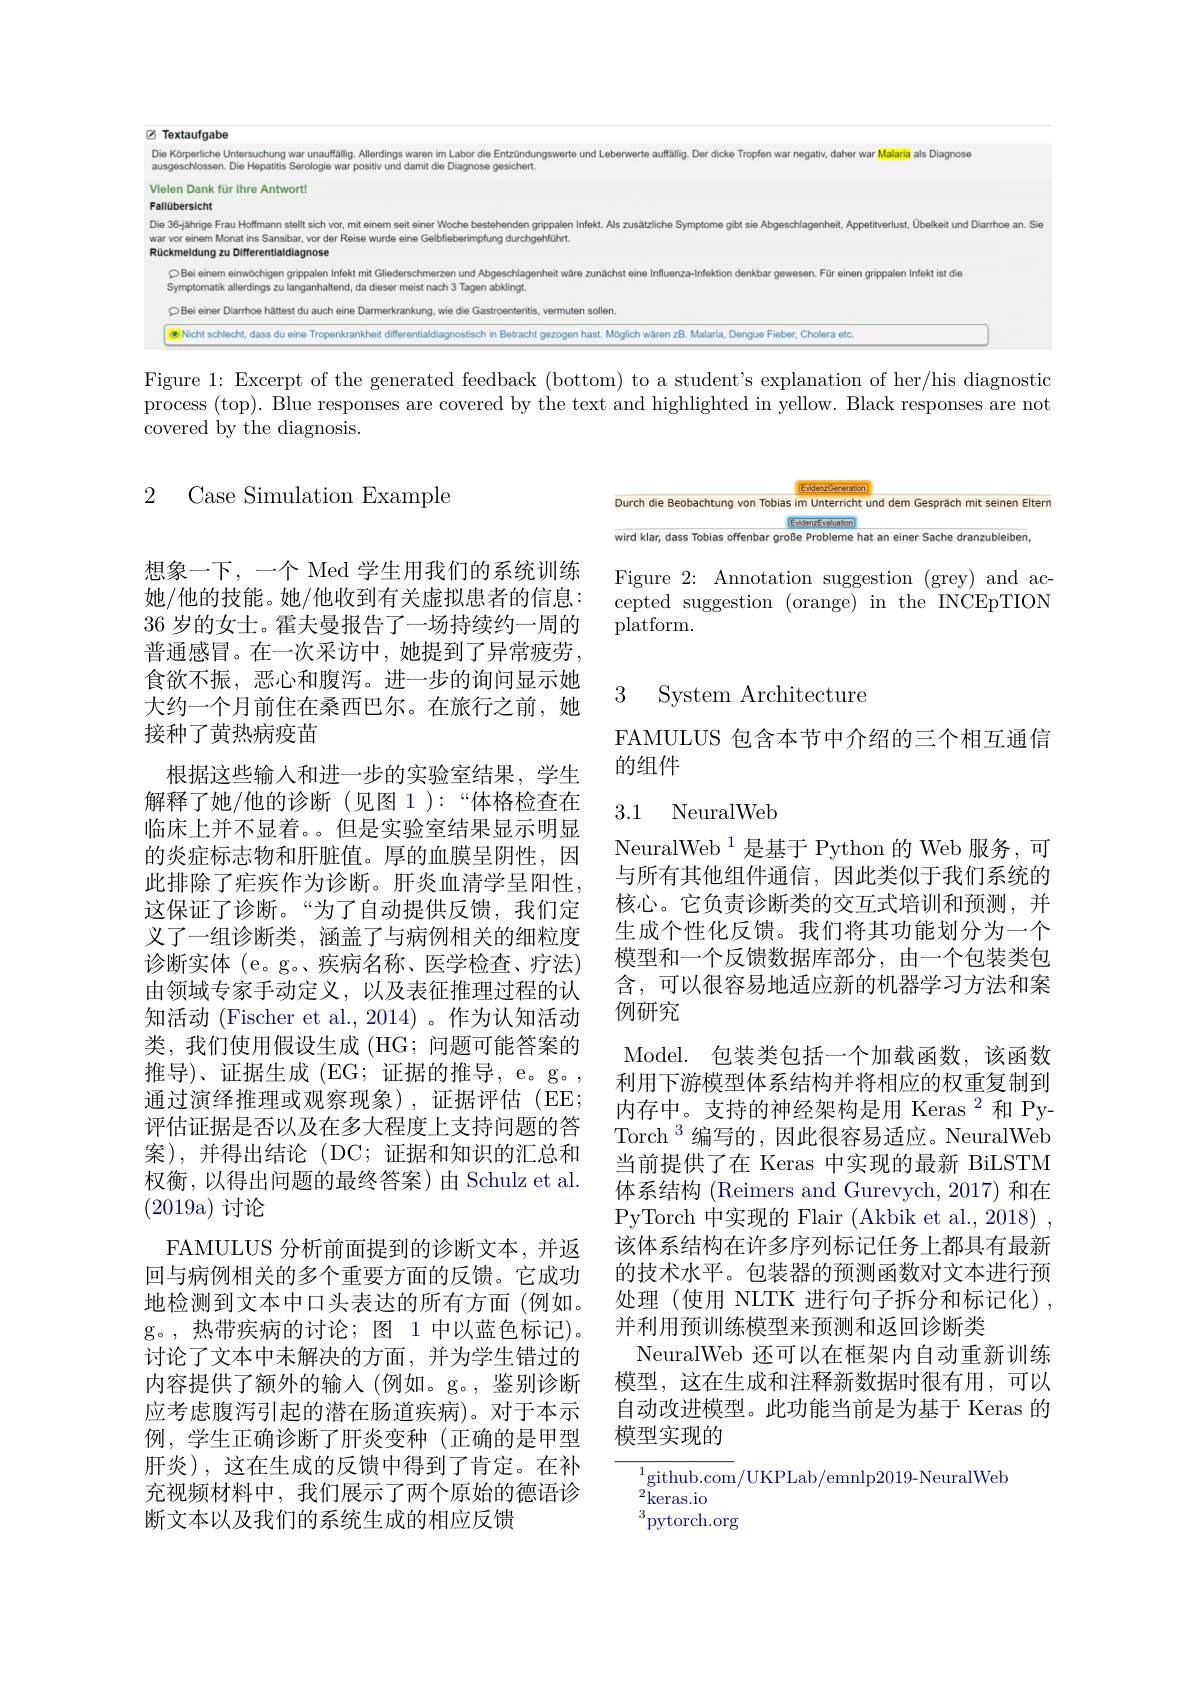
<FigureHere>

Figure 1: Excerpt of the generated feedback (bottom) to a student's explanation of her/his diagnostic process (top). Blue responses are covered by the text and highlighted in yellow. Black responses are not covered by the diagnosis.

EvidenzGeneration

## 2 Case Simulation Example

Durch die Beobachtung von Tobias

Unterricht und dem Gespråch mit seinen Eltern

EvidenzEvabuntion

einer Sache dranzubleiben,

wird klar, dass Tobias offenbar große Probleme hat

Figure 2: Annotation suggestion (grey) and accepted suggestion (orange) in the INCEpTION platform.

# 3 System Architecture

FAMULUS 包含本节中介绍的三个相互通信
的组件

# 3.1 NeuralWeb

NeuralWeb$^{1}$是基于 Python 的 Web 服务，可与所有其他组件通信，因此类似于我们系统的核心。它负责诊断类的交互式培训和预测，并生成个性化反馈。我们将其功能划分为一个模型和一个反馈数据库部分，由一个包装类包含，可以很容易地适应新的机器学习方法和案例研究

想象一下，一个 Med 学生用我们的系统训练她/他的技能。她/他收到有关虚拟患者的信息： 36 岁的女士。霍夫曼报告了一场持续约一周的普通感冒。在一次采访中，她提到了异常疲劳， 食欲不振，恶心和腹泻。进一步的询问显示她大约一个月前住在桑西巴尔。在旅行之前，她接种了黄热病疫苗
根据这些输人和进一步的实验室结果，学生解释了她/他的诊断(见图 1 ):“体格检查在临床上并不显着。但是实验室结果显示明显的炎症标志物和肝脏值。厚的血膜呈阴性，因此排除了疟疾作为诊断。肝炎血清学呈阳性， 这保证了诊断。“为了自动提供反馈，我们定义了一组诊断类，涵盖了与病例相关的细粒度诊断实体 (e。g。,疾病名称、医学检查、疗法) 由领域专家手动定义，以及表征推理过程的认知活动 (Fischer et al., 2014)。作为认知活动类，我们使用假设生成 (HG; 问题可能答案的推导)、证据生成(EG;证据的推导，e。g。, 通过演绎推理或观察现象),证据评估(EE; 评估证据是否以及在多大程度上支持问题的答案),并得出结论(DC;证据和知识的汇总和权衡，以得出问题的最终答案)由 Schulz et al. (2019a)讨论
FAMULUS 分析前面提到的诊断文本，并返回与病例相关的多个重要方面的反馈。它成功地检测到文本中口头表达的所有方面(例如。g。,热带疾病的讨论；图 1 中以蓝色标记)。讨论了文本中未解决的方面，并为学生错过的内容提供了额外的输入(例如。g。,鉴别诊断应考虑腹泻引起的潜在肠道疾病)。对于本示例，学生正确诊断了肝炎变种(正确的是甲型肝炎),这在生成的反馈中得到了肯定。在补充视频材料中，我们展示了两个原始的德语诊断文本以及我们的系统生成的相应反馈

Model. 包装类包括一个加载函数，该函数利用下游模型体系结构并将相应的权重复制到内存中。支持的神经架构是用 Keras$^{2}$和 PyTorch$^{3}$编写的，因此很容易适应。NeuralWeb 当前提供了在 Keras 中实现的最新 BiLSTM 体系结构 (Reimers and Gurevych, 2017) 和在PyTorch 中实现的 Flair (Akbik et al., 2018) , 该体系结构在许多序列标记任务上都具有最新的技术水平。包装器的预测函数对文本进行预处理(使用 NLTK 进行句子拆分和标记化), 并利用预训练模型来预测和返回诊断类
NeuralWeb 还可以在框架内自动重新训练模型，这在生成和注释新数据时很有用，可以自动改进模型。此功能当前是为基于 Keras 的模型实现的

$^{1}$github.com/UKPLab/emnlp2019-NeuralWeb
$^{2}$keras.io
$^{3}$pytorch.org